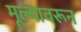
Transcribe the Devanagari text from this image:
मूल्यावरून